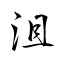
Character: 沮